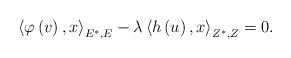
\begin{align*}\left\langle \varphi \left( v\right) ,x\right\rangle _{E^{\ast },E}-\lambda\left\langle h\left( u\right) ,x\right\rangle _{Z^{\ast },Z}=0.\end{align*}